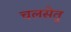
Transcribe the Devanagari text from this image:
चलसेतु